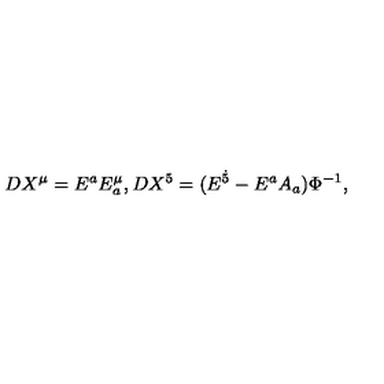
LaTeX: D X ^ { \mu } = E ^ { a } E _ { a } ^ { \mu } , D X ^ { 5 } = ( E ^ { \dot { 5 } } - E ^ { a } A _ { a } ) \Phi ^ { - 1 } ,